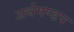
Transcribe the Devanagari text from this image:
अर्थमण्डप